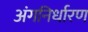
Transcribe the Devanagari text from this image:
अंगनिर्धारण